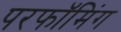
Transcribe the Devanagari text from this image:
परफॉमिंग